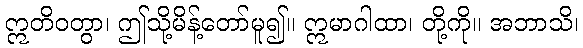
ဣတိဝတွာ၊ ဤသို့မိန့်တော်မူ၍။ ဣမာဂါထာ၊ တို့ကို။ အဘာသိ၊